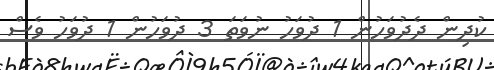
ކުދިން ދެދުވަހުން 1 ދުވަހު ނުވަތަ 3 ދުވަހުން 1 ދުވަހު ވެސް